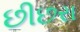
છીછરા